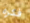
فكره